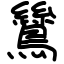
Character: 鷥